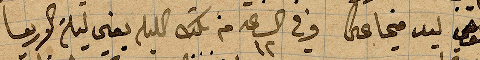
تاكوهي ليد ... وفي الساعة ١٢ من تلك الليلة يعني ليلة الاربعا